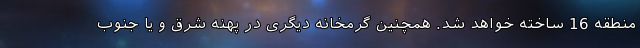
منطقه 16 ساخته خواهد شد. همچنین گرمخانه دیگری در پهنه شرق و یا جنوب